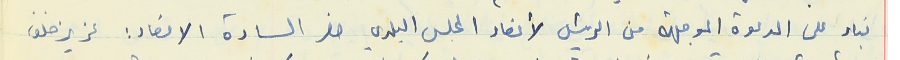
بناء على الدعوة الموجهة من الرئيس لأعضاء المجلس البلدي حضر السادة الاعضاء : عزيز خلف